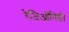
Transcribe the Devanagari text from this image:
रेजिऑनिडी